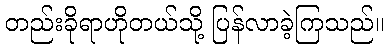
တည်းခိုရာဟိုတယ်သို့ ပြန်လာခဲ့ကြသည်။